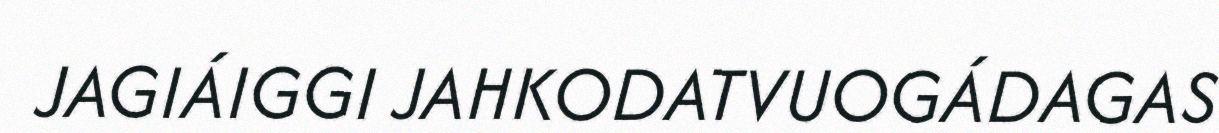
JAGIÁIGGI JAHKODATVUOGÁDAGAS